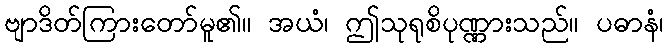
ဗျာဒိတ်ကြားတော်မူ၏။ အယံ၊ ဤသုရုစိပုဏ္ဏားသည်။ ပဓာနံ၊